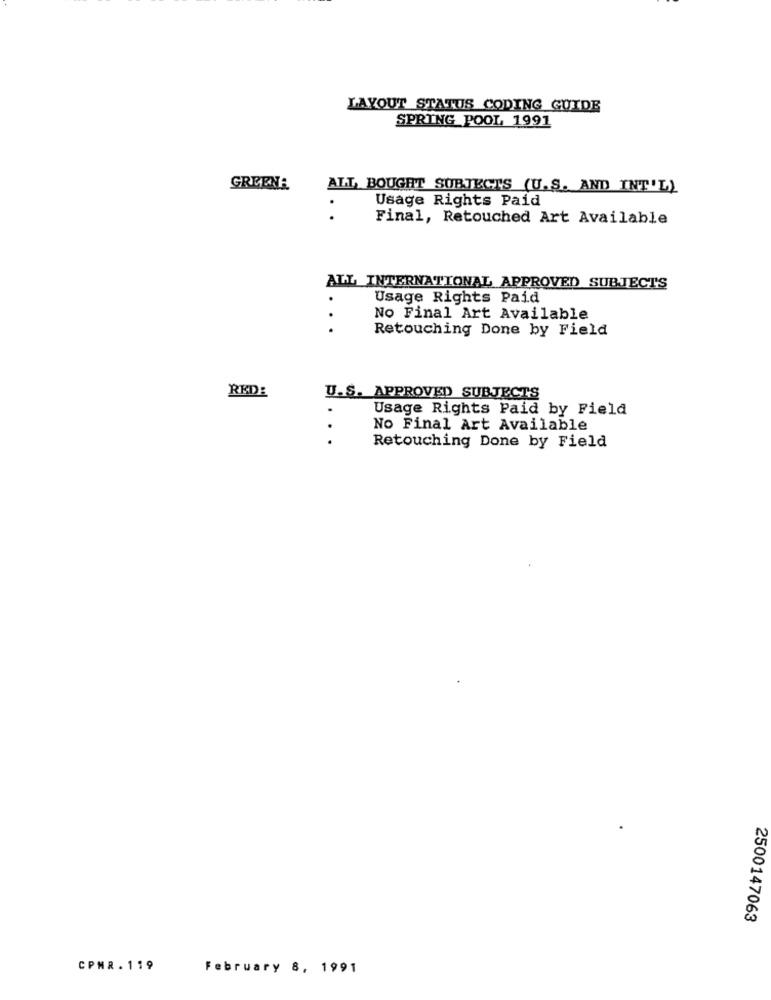
LAYOUT STATUS CODING GUIDE
SPRING POOL 1991
GREEN:
ALL BOUGHT SUBJECTS (U.S. AND INT'L)
Usage Rights Paid
..
Final, Retouched Art Available
ALL INTERNATIONAL APPROVED SUBJECTS
Usage Rights Paid
No Final Art Available
Retouching Done by Field
RKD:
U.S. APPROVED SUBJECTS
Usage Rights Paid by Field
..
No Final Art Available
Retouching Done by Field
2500147063
CPMR. 119
February 8, 1991